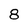
Character: 8